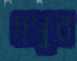
ধসুন